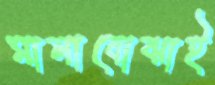
মালাবোঝাই